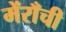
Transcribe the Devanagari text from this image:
मेंराँची